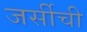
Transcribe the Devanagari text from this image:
जर्सीची